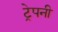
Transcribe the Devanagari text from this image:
ट्रेपनी